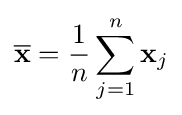
{\overline {\mathbf {x} }}={\frac {1}{n}}\sum _{j=1}^{n}\mathbf {x} _{j}